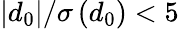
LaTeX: |d_{0}|/\sigma\left(d_{0}\right)<5